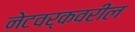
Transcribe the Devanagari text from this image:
नेटवर्कवरील